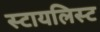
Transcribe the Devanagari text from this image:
स्टायलिस्ट